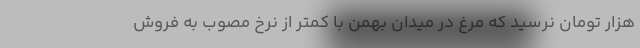
هزار تومان نرسید که مرغ در میدان بهمن با کمتر از نرخ مصوب به فروش